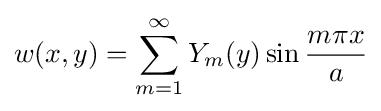
w(x,y)=\sum _{m=1}^{\infty }Y_{m}(y)\sin {\frac {m\pi x}{a}}